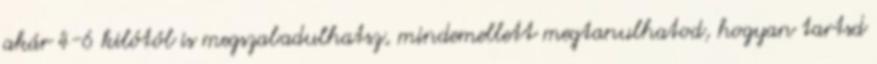
akár 4-6 kilótól is megszabadulhatsz, mindemellett megtanulhatod, hogyan tartsd